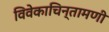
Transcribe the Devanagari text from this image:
विवेकाचिन्तामणी